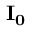
\mathbf { I _ { 0 } }